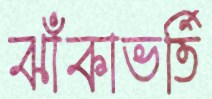
ঝাঁকাভর্তি